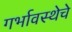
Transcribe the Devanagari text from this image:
गर्भावस्थेचे